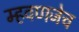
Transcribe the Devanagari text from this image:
म्हवणजेच